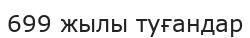
699 жылы туғандар